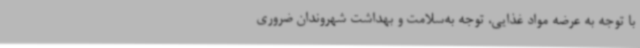
با توجه به عرضه مواد غذایی، توجه به‌سلامت و بهداشت شهروندان ضروری